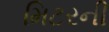
મિટરની